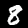
Label: 8